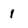
Character: 1